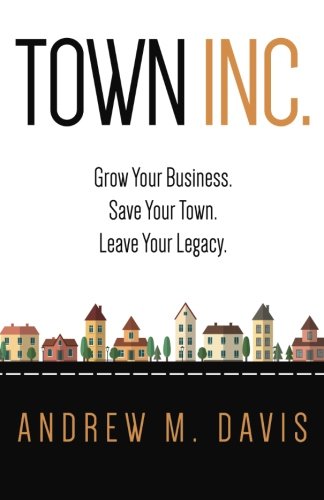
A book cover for Town Inc: Grow Your Business. Save Your Town. Leave Your Legacy.; Andrew M Davis; Business & Money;